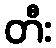
တီး